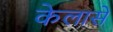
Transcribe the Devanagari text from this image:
केलासे